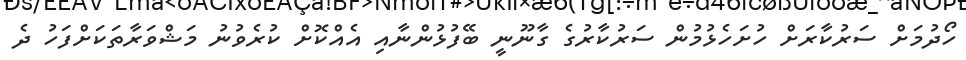
ހޯދުމަށް ސަރުކާރަށް ހުށަހެޅުމުން ސަރުކާރުގެ ގާނޫނީ ބޭފުޅުންނާއި އެއްކޮށް ކުރެވުނު މަޝްވަރާތަކަށްފަހު ދެ